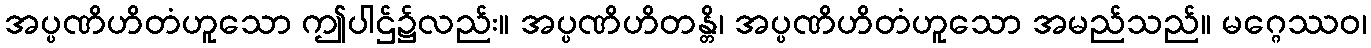
အပ္ပဏိဟိတံဟူသော ဤပါဌ်၌လည်း။ အပ္ပဏိဟိတန္တိ၊ အပ္ပဏိဟိတံဟူသော အမည်သည်။ မဂ္ဂေဿဝ၊